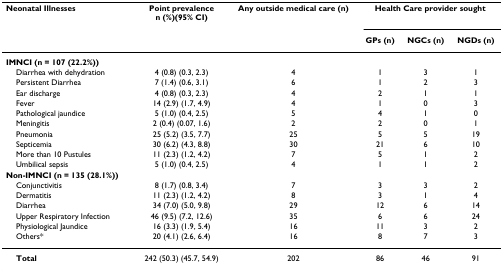
<table><thead><tr><td><b>Neonatal Illnesses</b></td><td><b>Point prevalencen (%)(95% CI)</b></td><td><b>Any outside medical care (n)</b></td><td colspan="3"><b>Health Care provider sought</b></td></tr><tr><td></td><td></td><td></td><td><b>GPs (n)</b></td><td><b>NGCs (n)</b></td><td><b>NGDs (n)</b></td></tr></thead><tbody><tr><td><b>IMNCI (n = 107 (22.2%))</b></td><td></td><td></td><td></td><td></td><td></td></tr><tr><td> Diarrhea with dehydration</td><td>4 (0.8) (0.3, 2.3)</td><td>4</td><td>1</td><td>3</td><td>1</td></tr><tr><td> Persistent Diarrhea</td><td>7 (1.4) (0.6, 3.1)</td><td>6</td><td>1</td><td>2</td><td>3</td></tr><tr><td> Ear discharge</td><td>4 (0.8) (0.3, 2.3)</td><td>4</td><td>2</td><td>1</td><td>1</td></tr><tr><td> Fever</td><td>14 (2.9) (1.7, 4.9)</td><td>4</td><td>1</td><td>0</td><td>3</td></tr><tr><td> Pathological jaundice</td><td>5 (1.0) (0.4, 2.5)</td><td>5</td><td>4</td><td>1</td><td>0</td></tr><tr><td> Meningitis</td><td>2 (0.4) (0.07, 1.6)</td><td>2</td><td>2</td><td>0</td><td>1</td></tr><tr><td> Pneumonia</td><td>25 (5.2) (3.5, 7.7)</td><td>25</td><td>5</td><td>5</td><td>19</td></tr><tr><td> Septicemia</td><td>30 (6.2) (4.3, 8.8)</td><td>30</td><td>21</td><td>6</td><td>10</td></tr><tr><td> More than 10 Pustules</td><td>11 (2.3) (1.2, 4.2)</td><td>7</td><td>5</td><td>1</td><td>2</td></tr><tr><td> Umbilical sepsis</td><td>5 (1.0) (0.4, 2.5)</td><td>4</td><td>1</td><td>1</td><td>2</td></tr><tr><td><b>Non-IMNCI (n = 135 (28.1%))</b></td><td></td><td></td><td></td><td></td><td></td></tr><tr><td> Conjunctivitis</td><td>8 (1.7) (0.8, 3.4)</td><td>7</td><td>3</td><td>3</td><td>2</td></tr><tr><td> Dermatitis</td><td>11 (2.3) (1.2, 4.2)</td><td>8</td><td>3</td><td>1</td><td>4</td></tr><tr><td> Diarrhea</td><td>34 (7.0) (5.0, 9.8)</td><td>29</td><td>12</td><td>6</td><td>14</td></tr><tr><td> Upper Respiratory Infection</td><td>46 (9.5) (7.2, 12.6)</td><td>35</td><td>6</td><td>6</td><td>24</td></tr><tr><td> Physiological Jaundice</td><td>16 (3.3) (1.9, 5.4)</td><td>16</td><td>11</td><td>3</td><td>2</td></tr><tr><td> Others*</td><td>20 (4.1) (2.6, 6.4)</td><td>16</td><td>8</td><td>7</td><td>3</td></tr><tr><td> <b>Total</b></td><td>242 (50.3) (45.7, 54.9)</td><td>202</td><td>86</td><td>46</td><td>91</td></tr></tbody></table>